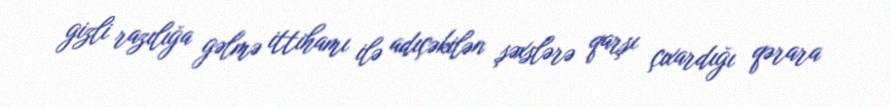
gizli razılığa gəlmə ittihamı ilə adıçəkilən şəxslərə qarşı çıxardığı qərara